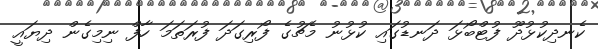
ކެނދިކުޅުދޫ ފުޓްބޯޅަ ދަނޑުގައި ކުޅުނު މެޗުގެ ފޯރިގަދަ ފުރަތަމަ ހާފް ނިމިގެން ދިޔައީ